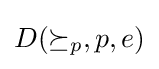
D(\succeq _{p},p,e)